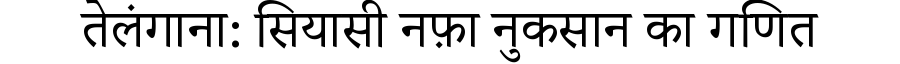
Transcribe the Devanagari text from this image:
तेलंगाना: सियासी नफ़ा नुकसान का गणित